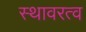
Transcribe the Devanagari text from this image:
स्थावरत्व